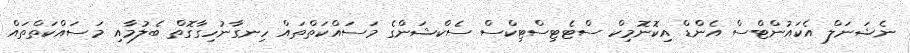
ނެޝަނަލް އެކައުންޓްސް އެންޑް އިކޮނޮމިކް ސްޓެޓިސްޓިކްސް ސެކްޝަންގެ މަސައްކަތްތައް ހިނގާނުހިގާގޮތް ބެލުމާއި މަސައްކަތްތައް